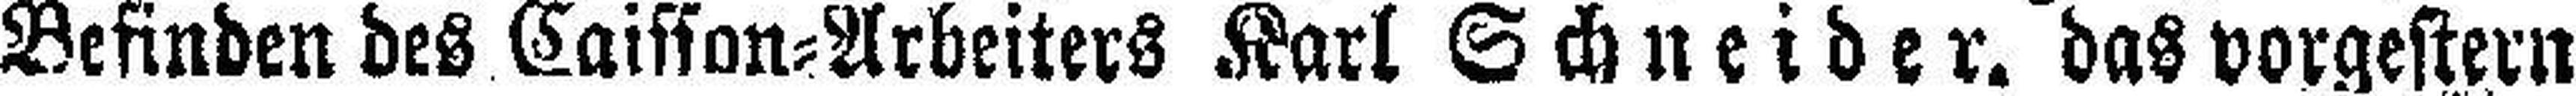
Befinden des Caisson=Arbeiters Karl Schneider. das vorgestern